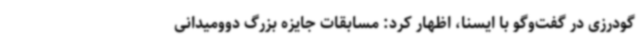
گودرزی در گفت‌وگو با ایسنا، اظهار کرد: مسابقات جایزه بزرگ دوومیدانی